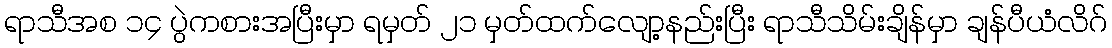
ရာသီအစ ၁၄ ပွဲကစားအပြီးမှာ ရမှတ် ၂၁ မှတ်ထက်လျော့နည်းပြီး ရာသီသိမ်းချိန်မှာ ချန်ပီယံလိဂ်